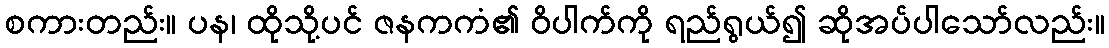
စကားတည်း။ ပန၊ ထိုသို့ပင် ဇနကကံ၏ ဝိပါက်ကို ရည်ရွယ်၍ ဆိုအပ်ပါသော်လည်း။